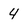
Character: 4